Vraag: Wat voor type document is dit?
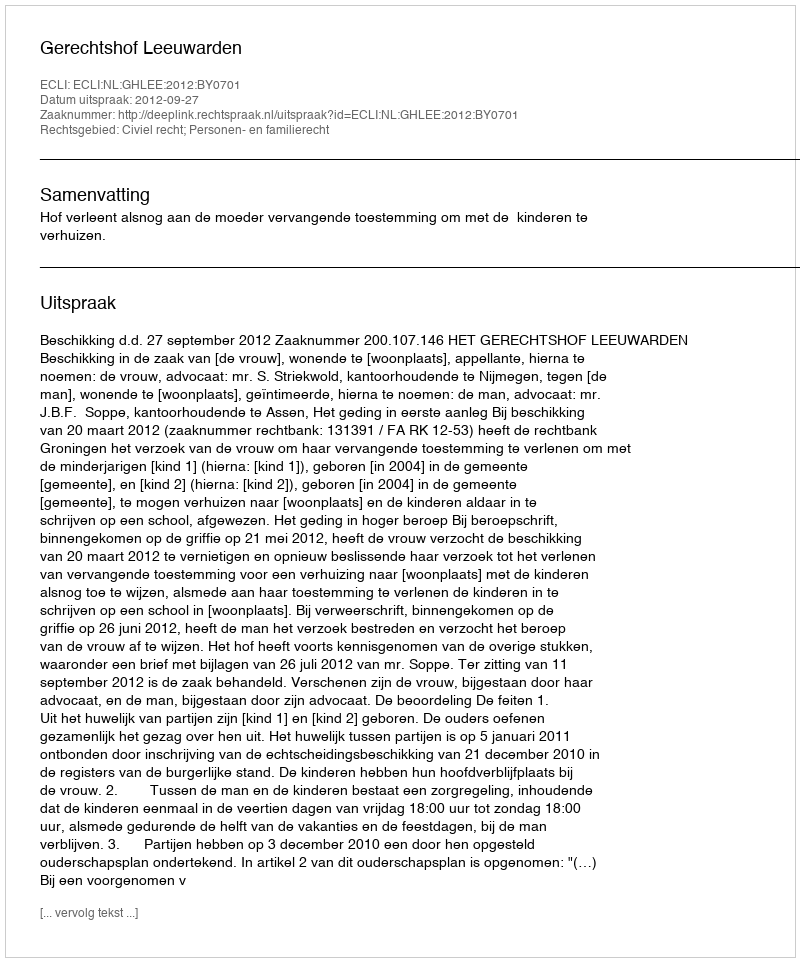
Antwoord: Uitspraak